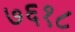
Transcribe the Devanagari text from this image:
७६१८